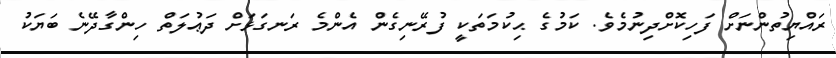
ރައްޔިތުންނަށް ފަހިކޮށްދިނުމެވެ. ކަމުގެ ޙިކުމަތަކީ ފުރޭނިގެން އެންމެ ރަނގަޅަށް ދަޢުލަތް ހިންގާދޭނެ ބަޔަކު